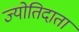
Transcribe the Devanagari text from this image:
ज्योतिदाता